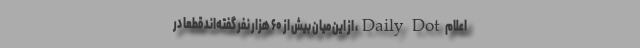
اعلام Daily Dot، از این میان بیش از ۶۰ هزار نفر گفته‌اند قطعاً در